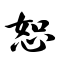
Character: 恕